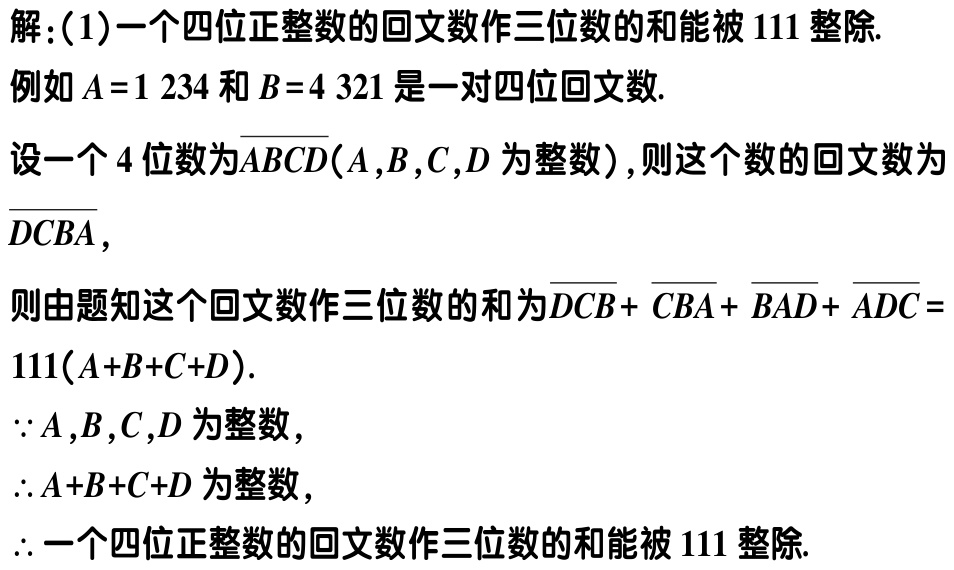
解：(1)一个四位正整数的回文数作三位数的和能被 \(111\) 整除.

例如 \(A = 1234\) 和 \(B = 4321\) 是一对四位回文数.

设一个 \(4\) 位数为\(\overline{ABCD}(A,B,C,D\) 为整数\()\), 则这个数的回文数为\(\overline{DCBA}\),

则由题知这个回文数作三位数的和为\(\overline{DCB}+ \overline{CBA}+ \overline{BAD}+ \overline{ADC}=111(A + B + C + D)\).

\(\because A,B,C,D\) 为整数,

\(\therefore A + B + C + D\) 为整数,

\(\therefore\) 一个四位正整数的回文数作三位数的和能被 \(111\) 整除.